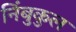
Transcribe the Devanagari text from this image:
निंबुकुल